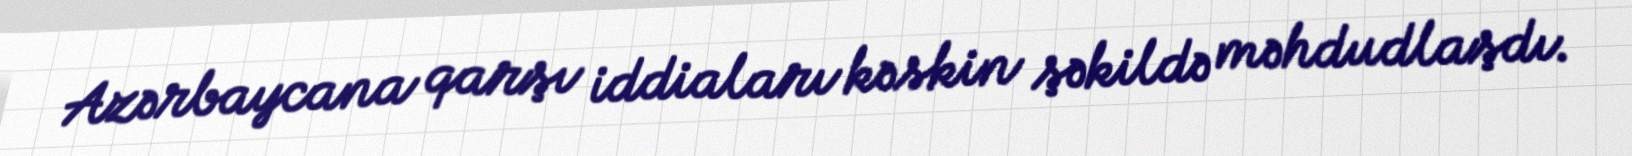
Azərbaycana qarşı iddiaları kəskin şəkildə məhdudlaşdı.